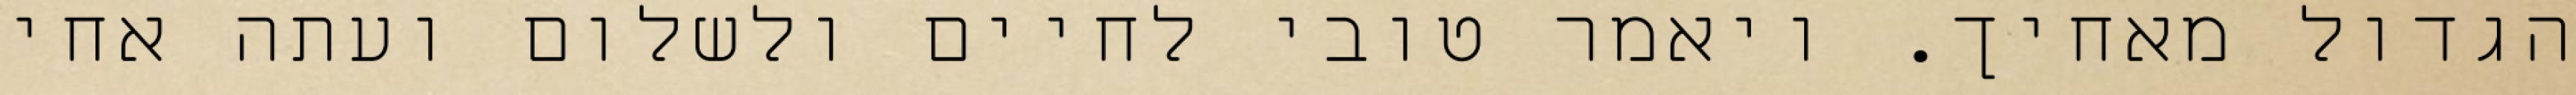
הגדול מאחיך. ויאמר טובי לחיים ולשלום ועתה אחי